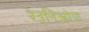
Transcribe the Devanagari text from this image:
रेउनिओण